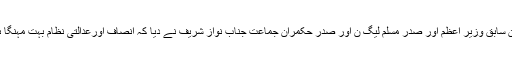
دلچسپ بیان سابق وزیر اعظم اور صدر مسلم لیگ ن اور صدر حکمران جماعت جناب نواز شریف نے دیا کہ انصاف اورعدالتی نظام بہت مہنگا ہو چکا ہے۔